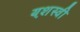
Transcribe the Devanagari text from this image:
यश़स्वी